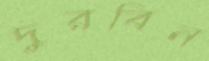
দুরবিন